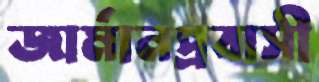
জার্মানপ্রবাসী